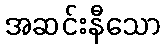
အဆင်းနီသော